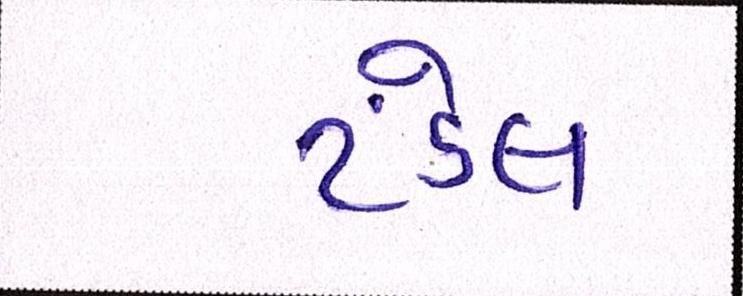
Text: ટંડેલ